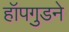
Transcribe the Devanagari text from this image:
हॉपगुडने